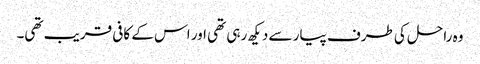
وہ راحل کی طرف پیار سے دیکھ رہی تھی اور اس کے کافی قریب تھی۔